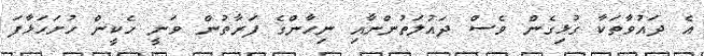
އެ ދައުވާތަކާ ގުޅިގެން ވެސް ދައުލަތުންނާއި ނިހާންގެ ފަރާތުން ވަނީ ހެކީން ހުށަހަޅާފަ